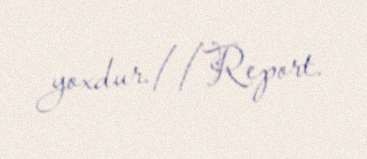
yoxdur.//Report.